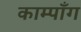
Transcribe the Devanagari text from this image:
काम्पाँग